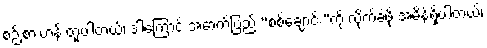
စဉ်းစားဟန် တူပါတယ်၊ ဒါ့ကြောင့် အောက်ပြည် “စစ်ချောင်း”ကို လိုက်ခဲ့ဖို့ အမိန့်ရှိပါတယ်၊